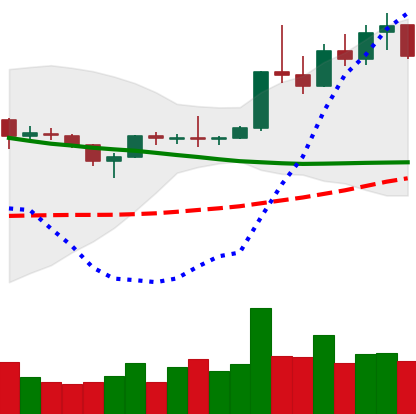
Ticker: XLM-USD
Chart end date: 2019-04-09
Forward return: -6.955%
Label: down_5_7